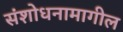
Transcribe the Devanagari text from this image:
संशोधनामागील